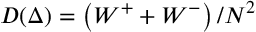
D ( \Delta ) = \left( W ^ { + } + W ^ { - } \right) / N ^ { 2 }